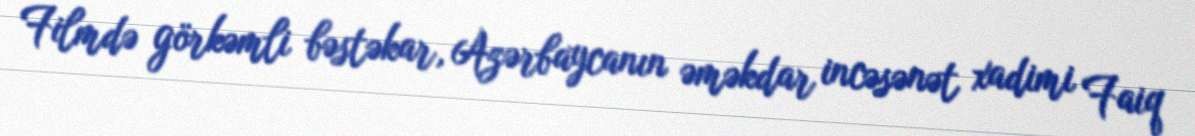
Filmdə görkəmli bəstəkar, Azərbaycanın əməkdar incəsənət xadimi Faiq